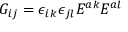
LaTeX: G _ { i j } = \epsilon _ { i k } \epsilon _ { j l } E ^ { a k } E ^ { a l }